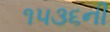
૧૫૩૬ની